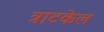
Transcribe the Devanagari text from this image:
त्राटकेल